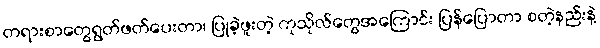
တရားစာတွေရွတ်ဖတ်ပေးတာ၊ ပြုခဲ့ဖူးတဲ့ ကုသိုလ်တွေအကြောင်း ပြန်ပြောတာ စတဲ့နည်းနဲ့